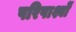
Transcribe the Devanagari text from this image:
परिपार्श्वों